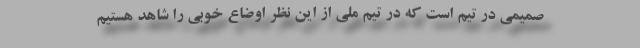
صمیمی در تیم است که در تیم ملی از این نظر اوضاع خوبی را شاهد هستیم